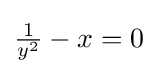
{\tfrac {1}{y^{2}}}-x=0